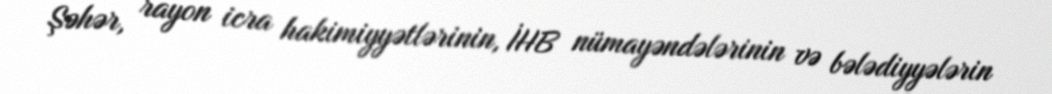
Şəhər, rayon icra hakimiyyətlərinin, İHB nümayəndələrinin və bələdiyyələrin